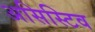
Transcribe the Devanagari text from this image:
असिस्टिव